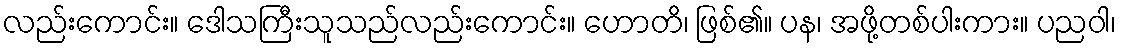
လည်းကောင်း။ ဒေါသကြီးသူသည်လည်းကောင်း။ ဟောတိ၊ ဖြစ်၏။ ပန၊ အဖို့တစ်ပါးကား။ ပညဝါ၊